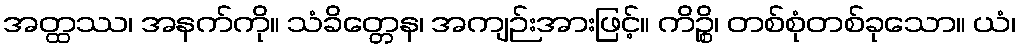
အတ္ထဿ၊ အနက်ကို။ သံခိတ္တေန၊ အကျဉ်းအားဖြင့်။ ကိဉ္စိ၊ တစ်စုံတစ်ခုသော။ ယံ၊